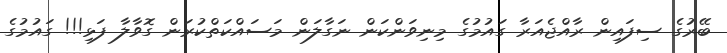
ބޭރުގެ ސިފައިން ރާއްޖެއަރާ ގައުމުގެ މިނިވަންކަން ނަގާލަން މަސައްކަތްކުރަން ގޮވާލާ ފަޅި!!! ގައުމުގެ